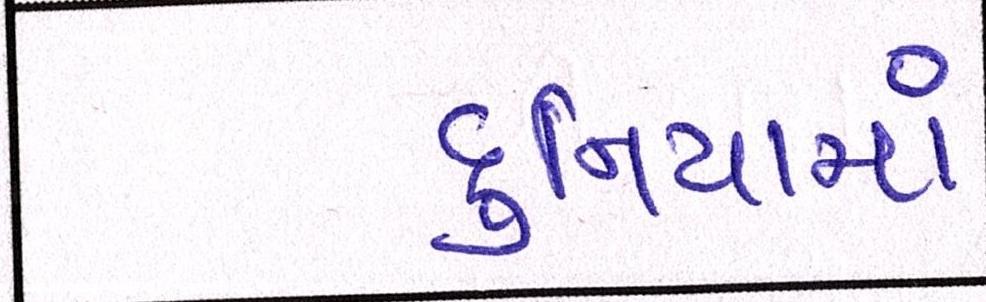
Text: દુનિયામાં